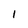
Character: 1